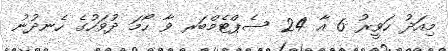
މިއަދު ހަވީރު 6 އާ 24 ސެޕްޓެމްބަރ ވާ ހޯމަ ދުވަހުގެ ހެނދުނު